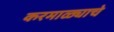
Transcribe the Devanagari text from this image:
करमाळ्याचे